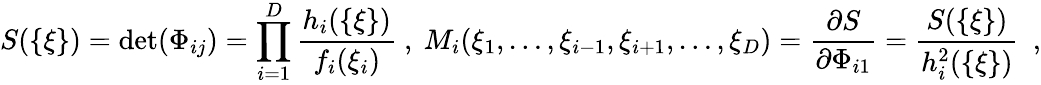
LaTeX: S(\{ \xi\} )=\operatorname*{det}(\Phi_{ij})=\prod_{i=1}^{D}{\frac{h_{i}(\{ \xi\} )}{f_{i}(\xi_{i})}}\ ,\ M_{i}(\xi_{1},\dots,\xi_{i-1},\xi_{i+1},\dots,\xi_{D})={\frac{\partial S}{\partial\Phi_{i1}}}={\frac{S(\{ \xi\} )}{h_{i}^{2}(\{ \xi\} )}}\enspace,